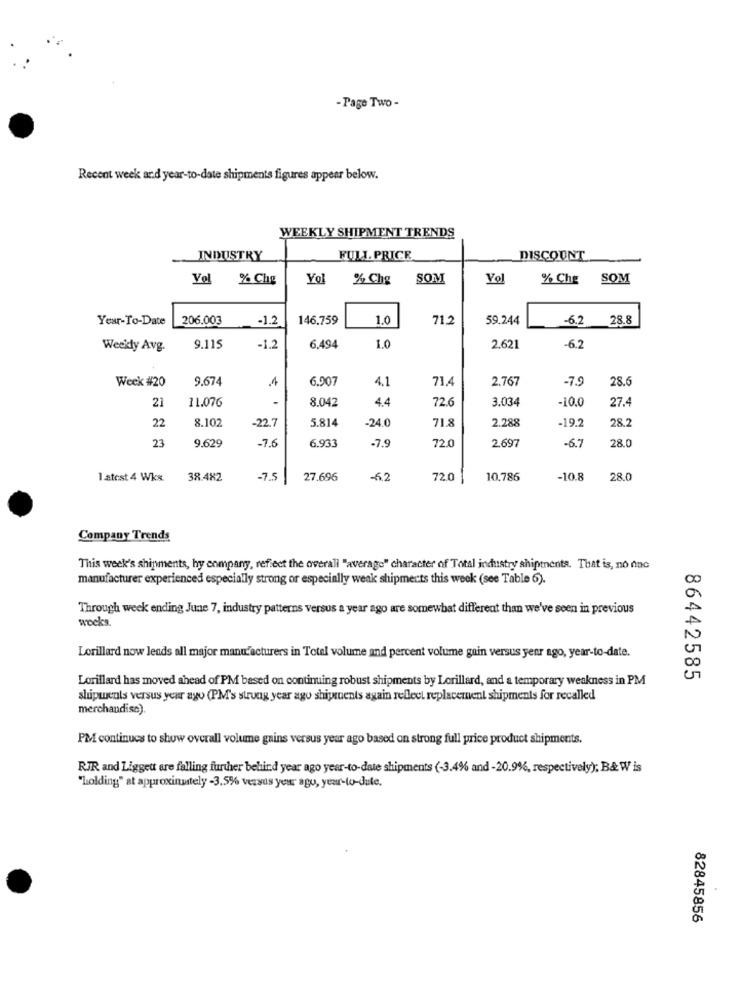
- Page Two -
Recent week and year-to-date shipments figures appear below.
WEEKLY SHIPMENT TRENDS
INDUSTRY
FULL PRICE
DISCOUNT
Yol % Chg
% Chg
SOM
Vo
% Che SOM
Year-To-Date
206.003
-1.2
146.759
1.0
71,2
59.244
-6.2 28.8
Weekly Avg.
9.115
-1.2
6.494
1.0
2.621
-6.2
9.674
.1
6.907
4.1
71,4
2.767
-7.9
28.6
Week #20
21
11.076
8.042
4.4
72.6
3.034
-10.0
27.4
22
8.102
5.814
71.8
2.288
28.2
-22.7
-24.0
-19.2
-7.6
6.933
-7.9
72.0
2.697
-6.7
28.0
23
9.629
1 atest 4 Wks
38.482
-7.5
27.696
-6.2
72.0
10.786
-10.8
28.0
Company Trends
This week's shipments, hy company, reflect the overall "average" character of Total industry shipmenta. That is, no dnc
manufacturer experienced especially strong or especially weak shipments this week (see Table 6).
Through week ending June 7, industry patterns versus a year ago are somewhat different than we've seen in previous
weeks.
Lorillard now leads all major manufacturers in Total volume and percent volume gain versus year ago, year-to-date.
Lorillard has moved ahead of PM based on continuing robust shipments by Lorillard, and a temporary weakness in PM
86442585
shipments versus year ago (PM's strung year ago shipments again reflect replacement shipments for recalled
merchandise).
PM continues to show overall volume gains versus year ago based on strong full price product shipments.
RJR and Liggett are falling further behind year ago year-to-date shipments (-3.4% and -20.9%, respectively); B&W is
"holding" at approximately -3.5% versus year ago, year-to-dute.
82845856